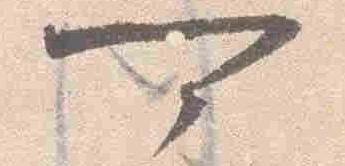
可